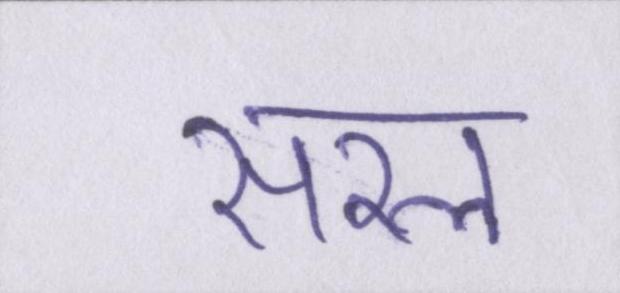
सरल